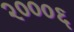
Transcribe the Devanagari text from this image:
२०००६